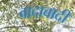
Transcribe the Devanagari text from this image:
वादावादी